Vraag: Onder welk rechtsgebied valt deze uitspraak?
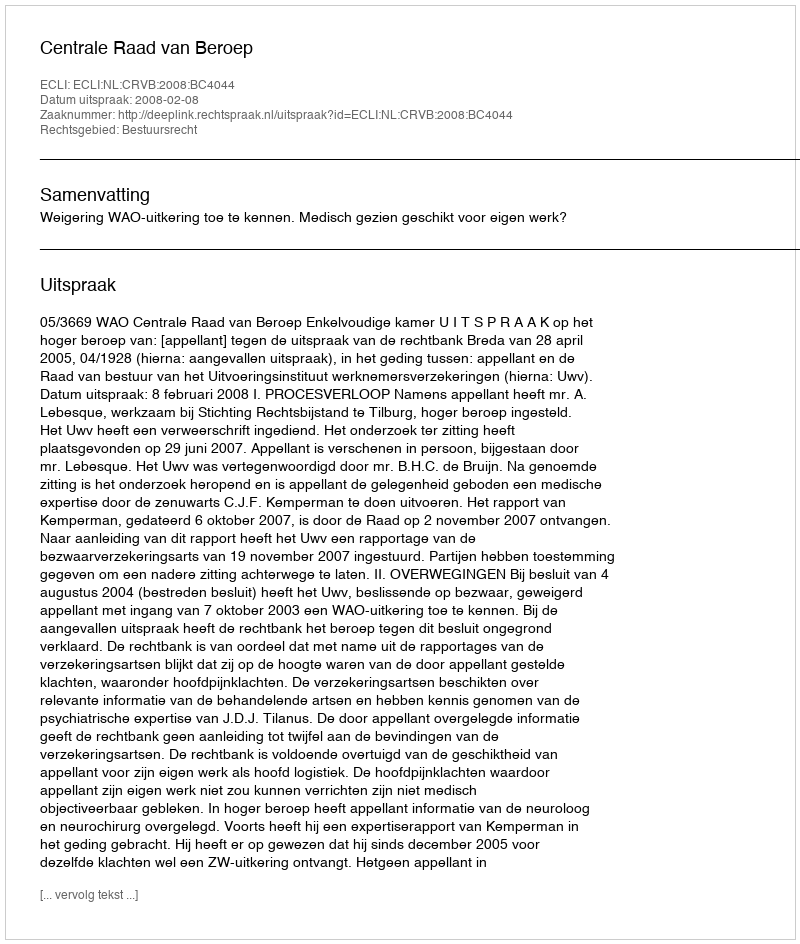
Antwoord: Bestuursrecht